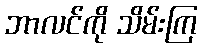
ဘာလင်ကို သိမ်းကြ